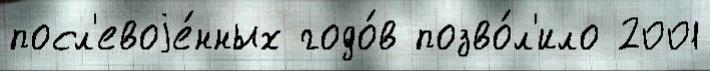
посл'евоjе́нных годо́в позво́л'ило 2001